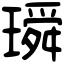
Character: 𤩥